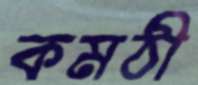
কমঠী